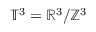
\mathbb { T } ^ { 3 } = \mathbb { R } ^ { 3 } / \mathbb { Z } ^ { 3 }